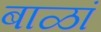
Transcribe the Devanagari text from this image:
बाळां